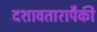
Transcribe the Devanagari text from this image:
दशावतारापैकी